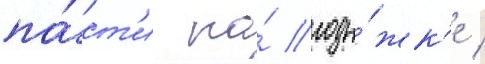
па́ст'и на́ лоды́жк'е /